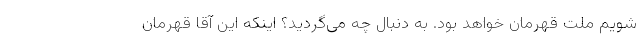
شویم ملت قهرمان خواهد بود. به دنبال چه می‌گردید؟ اینکه این آقا قهرمان